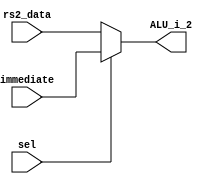
module MUX32
(
    rs2_data,
    immediate,
    sel,
    ALU_i_2,
);

input [31:0] rs2_data;
input [31:0] immediate;
input sel;
output[31:0] ALU_i_2;

wire [31:0] ALU_i_2;

assign ALU_i_2 = (sel)? immediate : rs2_data;

endmodule